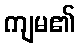
ကျမ၏